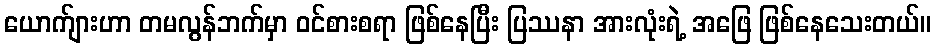
ယောက်ျားဟာ တမလွန်ဘက်မှာ ဝင်စားစရာ ဖြစ်နေပြီး ပြဿနာ အားလုံးရဲ့ အဖြေ ဖြစ်နေသေးတယ်။